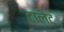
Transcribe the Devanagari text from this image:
टालेट